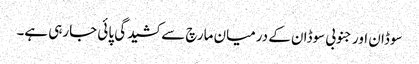
سوڈان اور جنوبی سوڈان کے درمیان مارچ سے کشیدگی پائی جارہی ہے۔